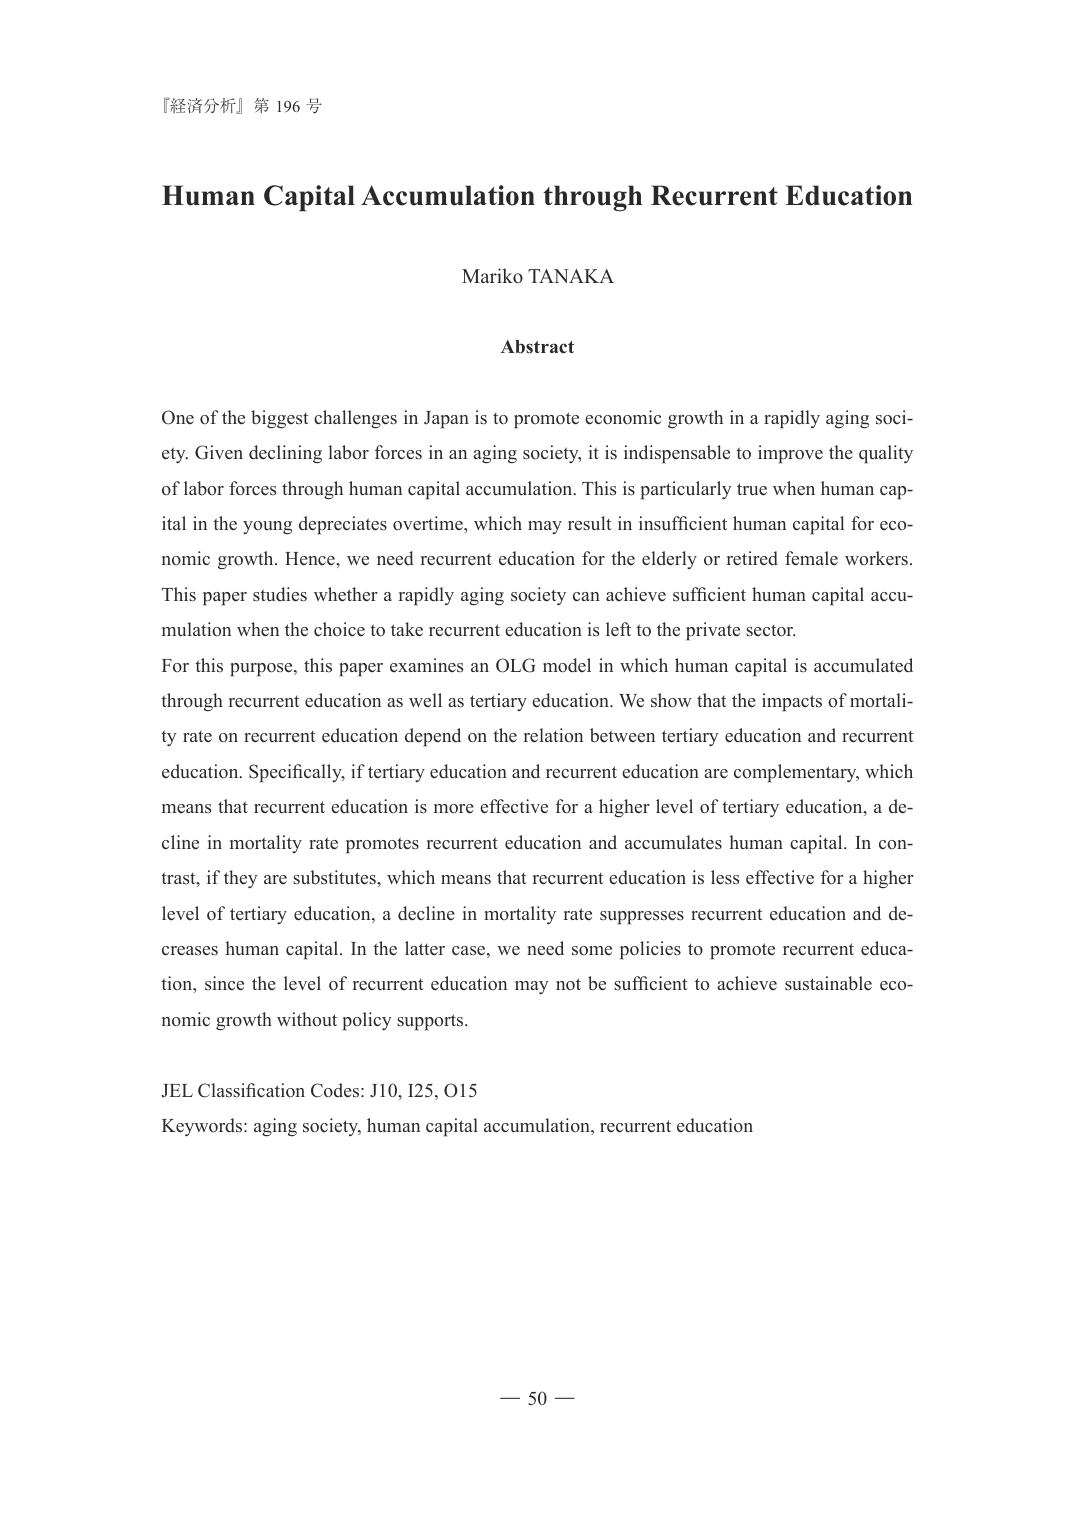
『経済分析』第 196 号

Human Capital Accumulation through Recurrent Education

Mariko TANAKA

Abstract

One of the biggest challenges in Japan is to promote economic growth in a rapidly aging society. Given declining labor forces in an aging society, it is indispensable to improve the quality of labor forces through human capital accumulation. This is particularly true when human capital in the young depreciates overtime, which may result in insufficient human capital for economic growth. Hence, we need recurrent education for the elderly or retired female workers. This paper studies whether a rapidly aging society can achieve sufficient human capital accumulation when the choice to take recurrent education is left to the private sector.

For this purpose, this paper examines an OLG model in which human capital is accumulated through recurrent education as well as tertiary education. We show that the impacts of mortality rate on recurrent education depend on the relation between tertiary education and recurrent education. Specifically, if tertiary education and recurrent education are complementary, which means that recurrent education is more effective for a higher level of tertiary education, a decline in mortality rate promotes recurrent education and accumulates human capital. In contrast, if they are substitutes, which means that recurrent education is less effective for a higher level of tertiary education, a decline in mortality rate suppresses recurrent education and decreases human capital. In the latter case, we need some policies to promote recurrent education, since the level of recurrent education may not be sufficient to achieve sustainable economic growth without policy supports.

JEL Classification Codes: J10, I25, O15
Keywords: aging society, human capital accumulation, recurrent education

— 50 —